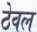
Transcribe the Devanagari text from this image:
ठेवल